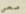
معي